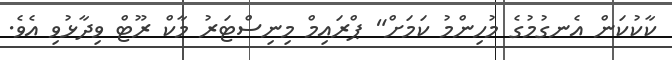
ކާކުކަން އެނގުމުގެ މުހިންމު ކަމަށް" ޕްރައިމް މިނިސްޓަރު މާކް ރޫޓް ވިދާޅުވި އެވެ.